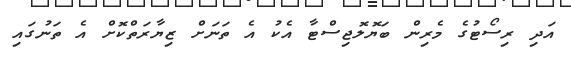
އަދި ރިސޯޓުގެ މެރިން ބަޔޮލޮޖިސްޓާ އެކު އެ ތަނަށް ޒިޔާރަތްކޮށް އެ ތަނުގައި